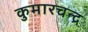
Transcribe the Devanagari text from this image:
कुमारचन्द्र